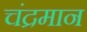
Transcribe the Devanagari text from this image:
चंद्रमान